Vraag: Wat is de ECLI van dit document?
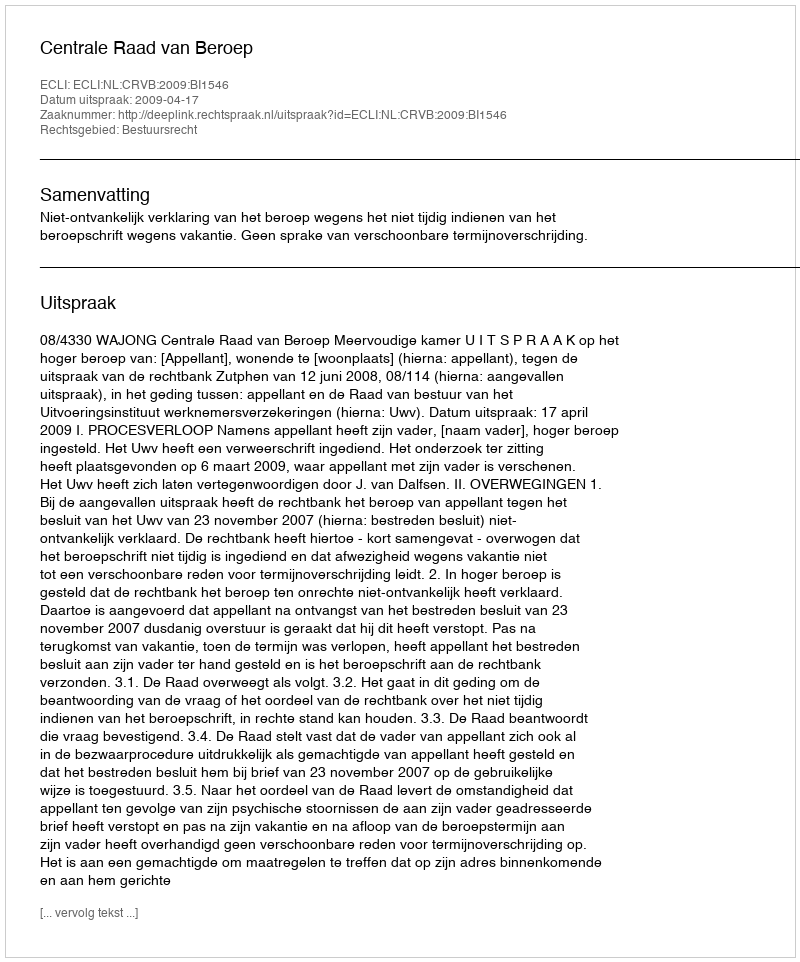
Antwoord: ECLI:NL:CRVB:2009:BI1546